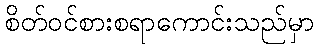
စိတ်ဝင်စားစရာကောင်းသည်မှာ